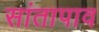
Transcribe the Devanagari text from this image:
सांतापाव